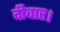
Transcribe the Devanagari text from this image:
दीवार।